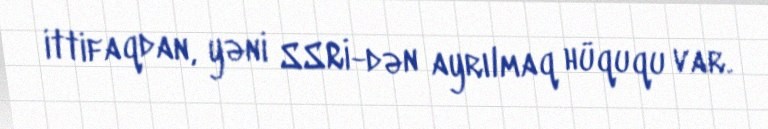
ittifaqdan, yəni SSRİ-dən ayrılmaq hüququ var.